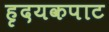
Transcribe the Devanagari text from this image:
हृदयकपाट